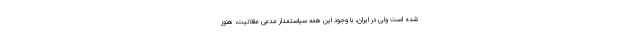
شده است ولی در ایران، با وجود این همه سیاستمدار مدعی عقلانیت، هنوز